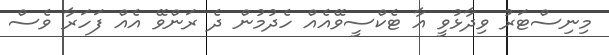
މިނިސްޓަރު ވިދާޅުވީ އާ ޓެކްސީވޭއެއް ހެދުމުން ދެ ރަންވޭ އެއް ފަހަރާ ވެސް